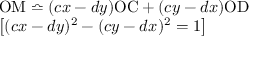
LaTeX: \begin{array} { l } { \mathrm { O M } \bumpeq ( c x - d y ) \mathrm { O C } + ( c y - d x ) \mathrm { O D } } \\ { \left[ ( c x - d y ) ^ { 2 } - ( c y - d x ) ^ { 2 } = 1 \right] } \end{array}